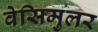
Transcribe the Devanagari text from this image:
वेसिमुलर